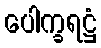
ပေါက္ခရဋ္ဌံ